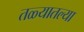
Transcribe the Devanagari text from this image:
तळ्यातल्या